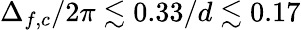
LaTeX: \Delta_{f,c}/2\pi\lesssim 0.33/d\lesssim 0.17